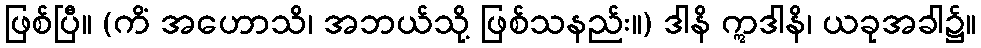
ဖြစ်ပြီ။ (ကိံ အဟောသိ၊ အဘယ်သို့ ဖြစ်သနည်း။) ဒါနိ ဣဒါနိ၊ ယခုအခါ၌။